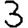
Digit: 3